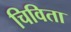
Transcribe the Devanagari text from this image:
चिविता